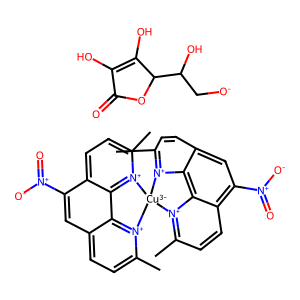
SMILES: Cc1ccc2cc([N+](=O)[O-])c3ccc(C)[n+]4c3c2[n+]1[Cu-3]41[n+]2c(C)ccc3cc([N+](=O)[O-])c4ccc(C)[n+]1c4c32.O=C1OC(C(O)C[O-])C(O)=C1O
Inhibits HIV replication: No